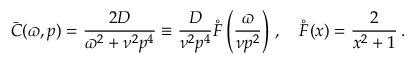
\bar { C } ( \varpi , p ) = \frac { 2 D } { \varpi ^ { 2 } + \nu ^ { 2 } p ^ { 4 } } \equiv \frac { D } { \nu ^ { 2 } p ^ { 4 } } \mathring { F } \left( \frac { \varpi } { \nu p ^ { 2 } } \right) \, , \quad \mathring { F } ( x ) = \frac { 2 } { x ^ { 2 } + 1 } \, .